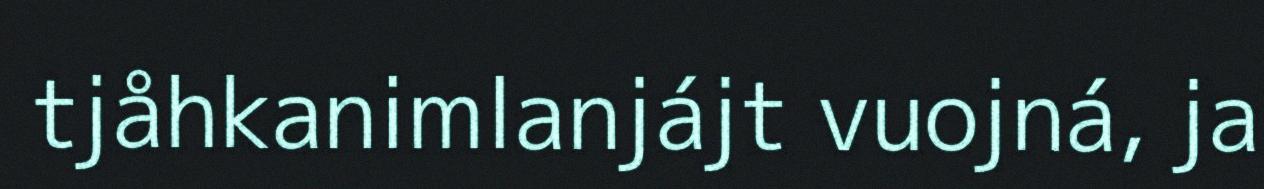
tjåhkanimlanjájt vuojná, ja